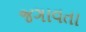
જગાવતા